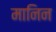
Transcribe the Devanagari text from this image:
मानिन